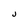
Character: J